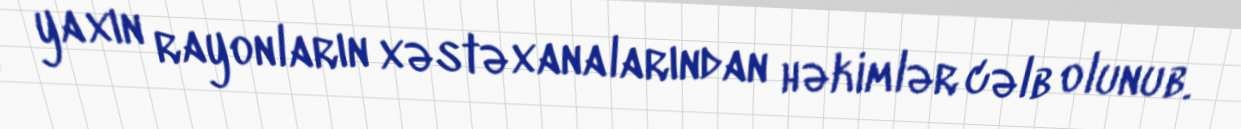
yaxın rayonların xəstəxanalarından həkimlər cəlb olunub.